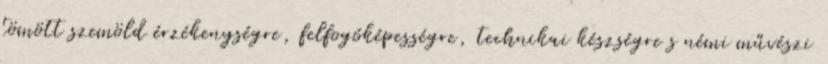
tömött szemöld érzékenységre, felfogóképességre, technikai készségre s némi művészi